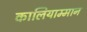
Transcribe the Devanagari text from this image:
कालियाम्मान